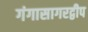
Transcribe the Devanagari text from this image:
गंगासागरद्वीप